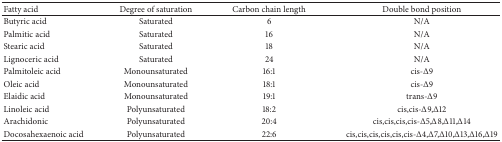
| Fatty acid | Degree of saturation | Carbon chain length | Double bond position |
 | --- | --- | --- | --- |
 | Butyric acid | Saturated | 6 | N/A |
 | Palmitic acid | Saturated | 16 | N/A |
 | Stearic acid | Saturated | 18 | N/A |
 | Lignoceric acid | Saturated | 24 | N/A |
 | Palmitoleic acid | Monounsaturated | 16:1 | cis-Δ9 |
 | Oleic acid | Monounsaturated | 18:1 | cis-Δ9 |
 | Elaidic acid | Monounsaturated | 19:1 | trans-Δ9 |
 | Linoleic acid | Polyunsaturated | 18:2 | cis,cis-Δ9,Δ12 |
 | Arachidonic | Polyunsaturated | 20:4 | cis,cis,cis,cis-Δ5,Δ8,Δ11,Δ14 |
 | Docosahexaenoic acid | Polyunsaturated | 22:6 | cis,cis,cis,cis,cis,cis-Δ4,Δ7,Δ10,Δ13,Δ16,Δ19 |